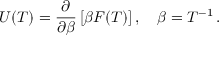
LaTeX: U ( T ) = \frac { \partial } { \partial \beta } \left[ \beta F ( T ) \right] , \quad \beta = T ^ { - 1 } \, { . }